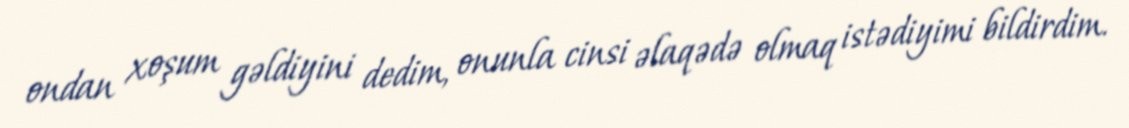
ondan xoşum gəldiyini dedim, onunla cinsi əlaqədə olmaq istədiyimi bildirdim.